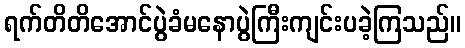
ရက်တိတိအောင်ပွဲခံမနောပွဲကြီးကျင်းပခဲ့ကြသည်။